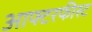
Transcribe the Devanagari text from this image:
आफ्टरफीस्ट